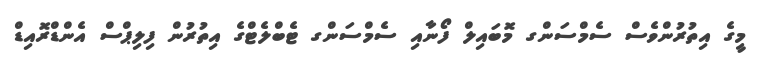
މީގެ އިތުރުންވެސް ސެމްސަންގ މޮބައިލް ފޯނާއި ސެމްސަންގ ޓެބްލެޓްގެ އިތުރުން ފިލިޕްސް އެންޑްރޮއިޑް